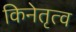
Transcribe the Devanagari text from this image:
किनेतृत्व